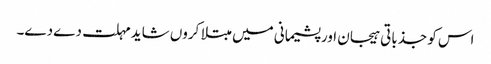
اس کو جذباتی ہیجان اور پشیمانی میں مبتلا کروں شاید مہلت دے دے۔